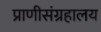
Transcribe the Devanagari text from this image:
प्राणीसंग्रहालय